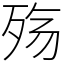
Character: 殇